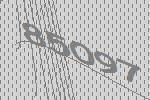
85097